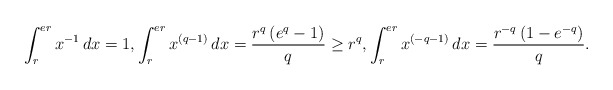
\begin{align*}& \int^{ er }_r x^{-1} \, dx = 1 , \int^{ er }_r x^{ ( q - 1 ) } \, dx = \frac{ r^q \, ( e^q - 1 ) }{ q }\geq r^q, \int^{ er }_r x^{ ( - q - 1 ) } \, dx = \frac{ r^{ - q } \, ( 1 - e^{-q} ) }{ q } .\end{align*}